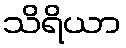
သိရိယာ